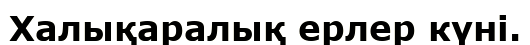
Халықаралық ерлер күні.